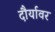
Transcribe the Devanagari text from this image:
दौर्यावर